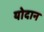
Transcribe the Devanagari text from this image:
योदान